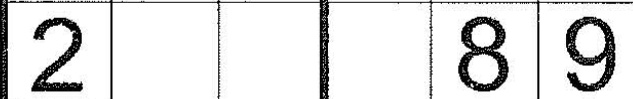
2 8 9